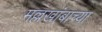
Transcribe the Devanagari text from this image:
मल्लखांबाच्या